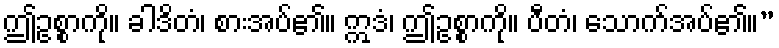
ဤဥစ္စာကို။ ခါဒိတံ၊ စားအပ်၏။ ဣဒံ၊ ဤဥစ္စာကို။ ပီတံ၊ သောက်အပ်၏။”